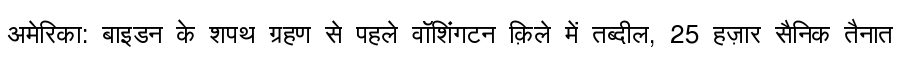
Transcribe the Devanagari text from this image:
अमेरिका: बाइडन के शपथ ग्रहण से पहले वॉशिंगटन क़िले में तब्दील, 25 हज़ार सैनिक तैनात